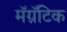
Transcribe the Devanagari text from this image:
मॅग्नॅटिक